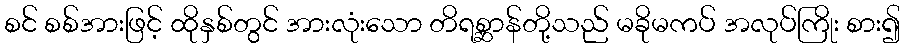
စင် စစ်အားဖြင့် ထိုနှစ်တွင် အားလုံးသော တိရစ္ဆာန်တို့သည် မခိုမကပ် အလုပ်ကြိုး စား၍